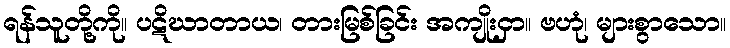
ရန်သူတို့ကို။ ပဋိဃာတာယ၊ တားမြစ်ခြင်း အကျိုးငှာ။ ဗဟုံ၊ များစွာသော။